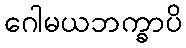
ဂေါမယဘက္ခာပိ